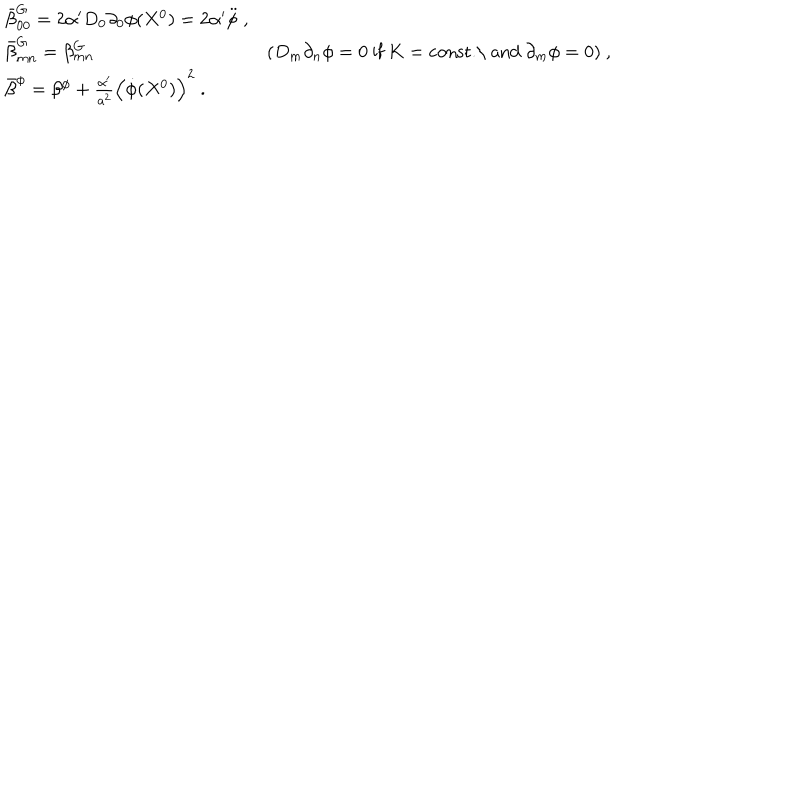
\begin{array} { l r } { { \bar { \beta } _ { 0 0 } ^ { G } = 2 \alpha ^ { \prime } D _ { 0 } \partial _ { 0 } \phi ( X ^ { 0 } ) = 2 \alpha ^ { \prime } \ddot { \phi } \ , } } & { { } } \\ { { \bar { \beta } _ { m n } ^ { G } = \beta _ { m n } ^ { G } } } & { { ( D _ { m } \partial _ { n } \phi = 0 \ \mathrm { i f } \ K = \mathrm { c o n s t . \ a n d } \ \partial _ { m } \phi = 0 ) \ , } } \\ { { \bar { \beta } ^ { \phi } = \beta ^ { \phi } + \frac { \alpha ^ { \prime } } { a ^ { 2 } } \left( \dot { \phi } ( X ^ { 0 } ) \right) ^ { 2 } \ . } } & { { } } \\ \end{array}